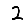
Digit: 2